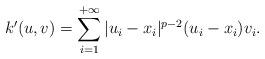
LaTeX: \begin{align*}k^\prime(u,v)= \sum_{i=1}^{+\infty} |u_i-x_i|^{p-2}(u_i-x_i) v_i.\end{align*}